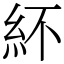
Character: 紑